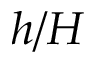
h / H